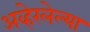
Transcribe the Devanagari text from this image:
अव्हेरलेल्या